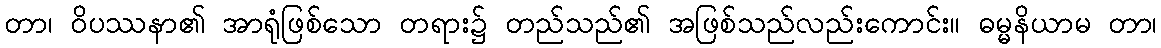
တာ၊ ဝိပဿနာ၏ အာရုံဖြစ်သော တရား၌ တည်သည်၏ အဖြစ်သည်လည်းကောင်း။ ဓမ္မနိယာမ တာ၊